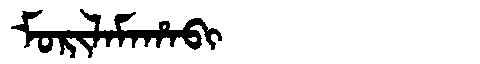
Manchu: ᠮᠣᡵᡳᠯᠠᠮᠠᡥᠠᠪᡳ
Romanization: MORILAMAHABI